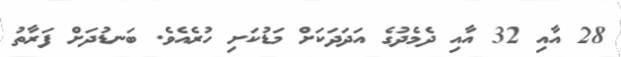
28 އާއި 32 އާއި ދެމެދުގެ އަދަދަކަށް މަޑުކަށި ހުރެއެވެ. ބަނޑުދަށް ފަރާތު